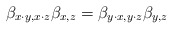
\begin{align*}\beta_{x\cdot y,x\cdot z}\beta_{x,z}=\beta_{y\cdot x,y\cdot z}\beta_{y,z}\end{align*}